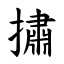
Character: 㩋